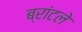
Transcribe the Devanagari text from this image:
ब्रांटले